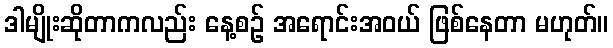
ဒါမျိုးဆိုတာကလည်း နေ့စဉ် အရောင်းအဝယ် ဖြစ်နေတာ မဟုတ်။